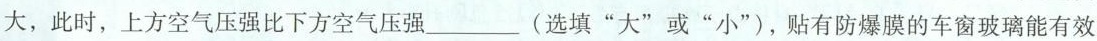
大，此时，上方空气压强比下方空气压强___(选填”大”或”小”)，贴有防爆膜的车窗玻璃能有效